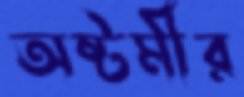
অষ্টমীর